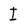
Character: I